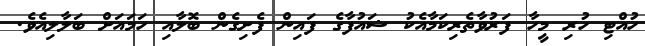
ހުއްޓި ހުރި މީހާ ފަރުވާތެރިކަމާއެކު ޝައުފާގެ ފައިން ފެށިގެން ބޮލާއި ހަމައަށް ބަލާލިއެވެ.